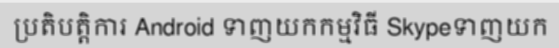
ប្រតិបត្តិការ Android ទាញយកកម្មវិធី Skypeទាញយក